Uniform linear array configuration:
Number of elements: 12
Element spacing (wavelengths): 0.5
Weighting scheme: hamming
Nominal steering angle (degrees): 30
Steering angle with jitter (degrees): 31.304
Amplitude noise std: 0.05
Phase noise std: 0.05

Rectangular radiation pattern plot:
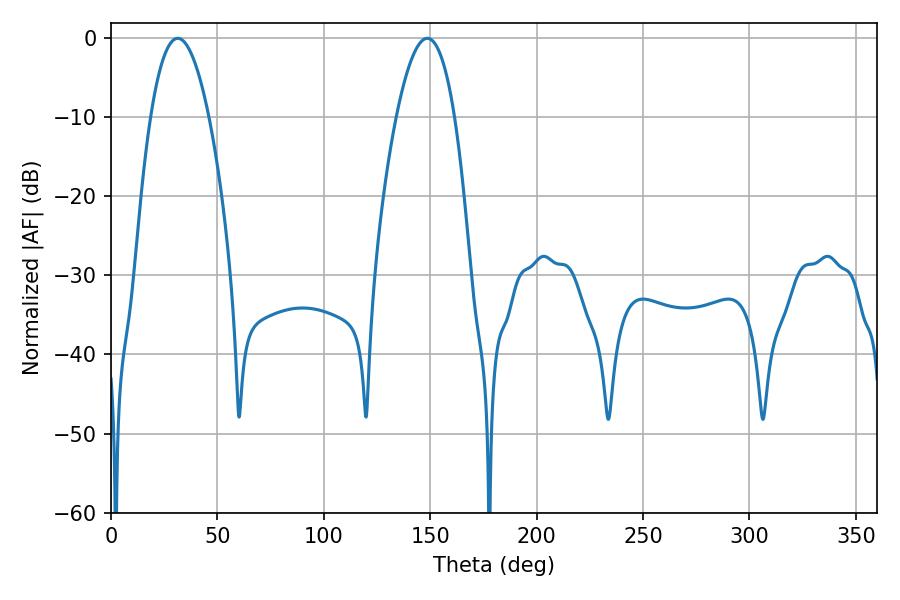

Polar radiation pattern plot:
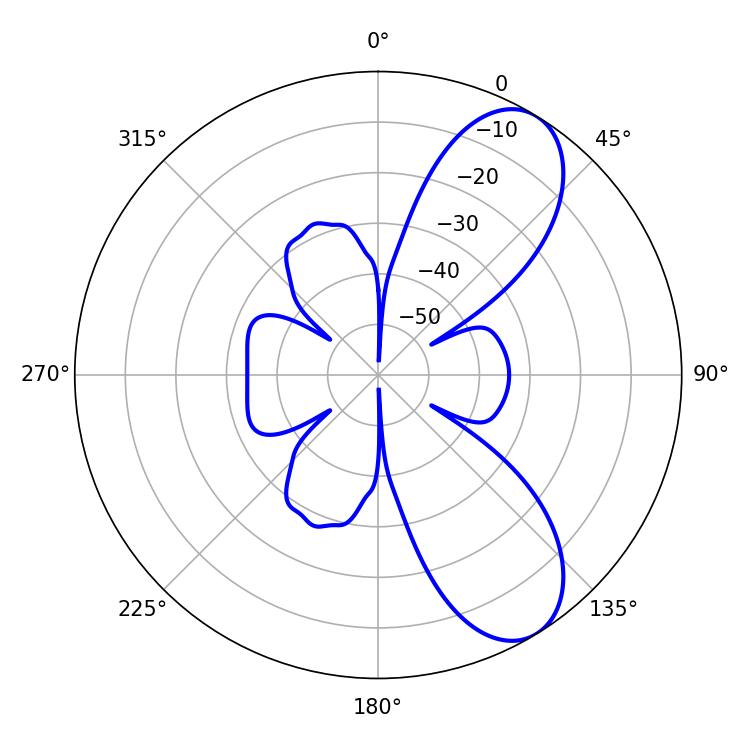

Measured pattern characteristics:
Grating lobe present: FALSE
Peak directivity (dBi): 8.305
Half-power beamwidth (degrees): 15.12
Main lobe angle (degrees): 31.32